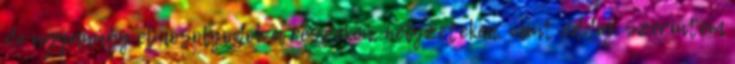
de ugyanúgy elmosolyodok a részeken, helyzeteken, mint eddig. Szerintem